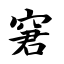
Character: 窘